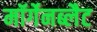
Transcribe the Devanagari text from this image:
मॉर्गेनब्लैट